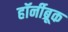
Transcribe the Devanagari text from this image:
हॉर्नीब्रूक